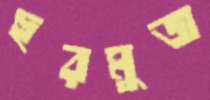
হুরমুজ